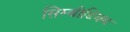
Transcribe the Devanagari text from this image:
सिम्बीडियम